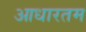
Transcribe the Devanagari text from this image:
आधारतम